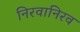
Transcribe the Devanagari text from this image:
निरवानिरव